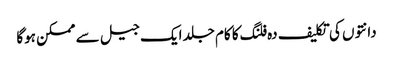
دانتوں کی تکلیف دہ فلنگ کا کام جلد ایک جیل سے ممکن ہوگا